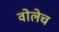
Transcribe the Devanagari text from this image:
वोलेच